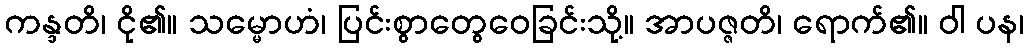
ကန္ဒတိ၊ ငို၏။ သမ္မောဟံ၊ ပြင်းစွာတွေဝေခြင်းသို့။ အာပဇ္ဇတိ၊ ရောက်၏။ ဝါ ပန၊